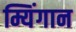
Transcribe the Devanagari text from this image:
म्यिंगान